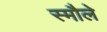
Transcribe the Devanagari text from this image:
स्मौले